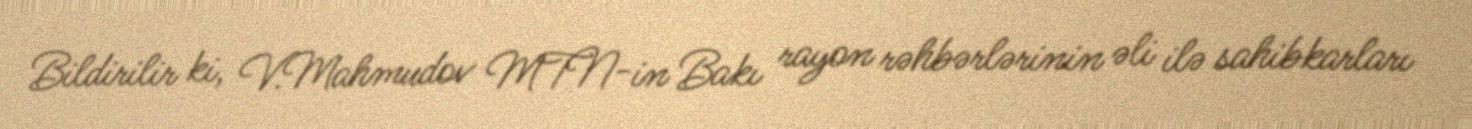
Bildirilir ki, V.Mahmudov MTN-in Bakı rayon rəhbərlərinin əli ilə sahibkarları